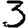
Digit: 3